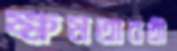
ক্ষমতাবতী